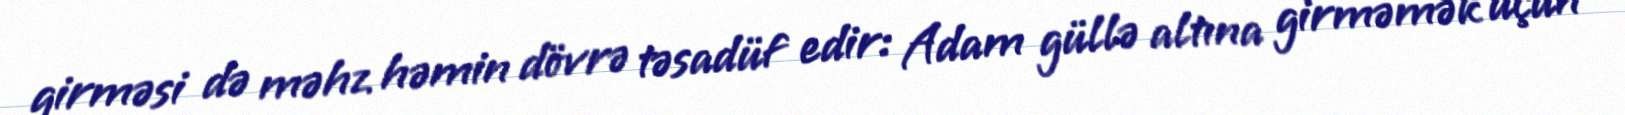
girməsi də məhz həmin dövrə təsadüf edir: Adam güllə altına girməmək üçün